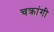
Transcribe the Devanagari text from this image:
चक्रांगी